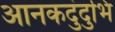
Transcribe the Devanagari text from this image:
आनकदुंदुभि